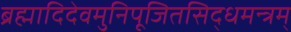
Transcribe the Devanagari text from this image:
ब्रह्मादिदेवमुनिपूजितसिद्धमन्त्रम्